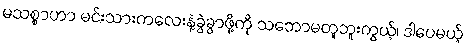
မသစ္စာဟာ မင်းသားကလေးနဲ့ခွဲခွာဖို့ကို သဘောမတူဘူးကွယ့်၊ ဒါပေမယ့်